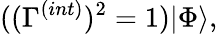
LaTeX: ((\Gamma^{(int)})^{2}=1)|\Phi\rangle,